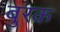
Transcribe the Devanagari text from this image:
बुरक